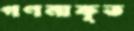
গণনাকৃত